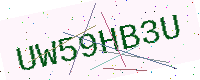
Text: UW59HB3U